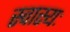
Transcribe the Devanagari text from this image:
स्वास्यः